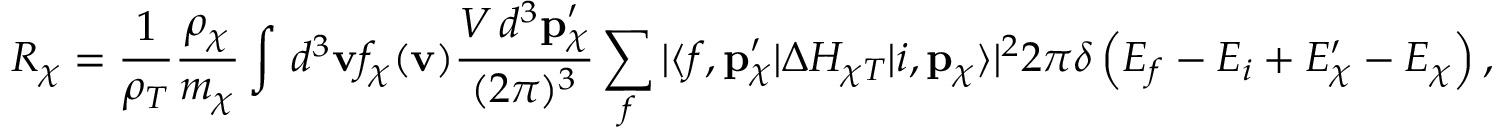
R _ { \chi } = \frac { 1 } { \rho _ { T } } \frac { \rho _ { \chi } } { m _ { \chi } } \int \, d ^ { 3 } \mathbf { v } f _ { \chi } ( \mathbf { v } ) \frac { V \, d ^ { 3 } \mathbf { p } _ { \chi } ^ { \prime } } { ( 2 \pi ) ^ { 3 } } \sum _ { f } | \langle f , \mathbf { p } _ { \chi } ^ { \prime } | \Delta H _ { \chi T } | i , \mathbf { p } _ { \chi } \rangle | ^ { 2 } 2 \pi \delta \left( E _ { f } - E _ { i } + E _ { \chi } ^ { \prime } - E _ { \chi } \right) ,